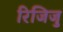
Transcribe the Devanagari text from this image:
रिजिजु